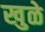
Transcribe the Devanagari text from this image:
खुळे